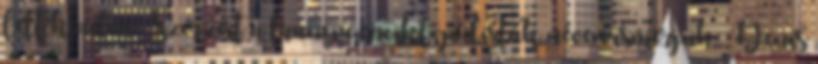
lett kiadva. Szerzőit a francia enciklopédisták néven ismerjük: Denis